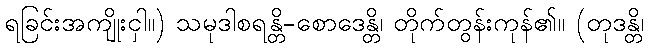
ရခြင်းအကျိုးငှါ။) သမုဒါစရန္တိ-စောဒေန္တိ၊ တိုက်တွန်းကုန်၏။ (တုဒန္တိ၊